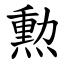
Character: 勲